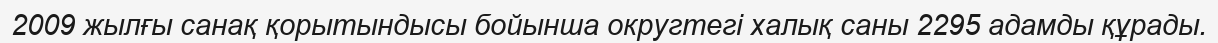
2009 жылғы санақ қорытындысы бойынша округтегі халық саны 2295 адамды құрады.